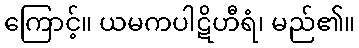
ကြောင့်။ ယမကပါဋိဟီရံ၊ မည်၏။